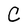
Character: C